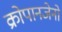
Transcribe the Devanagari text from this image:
क्रोपानजेनो